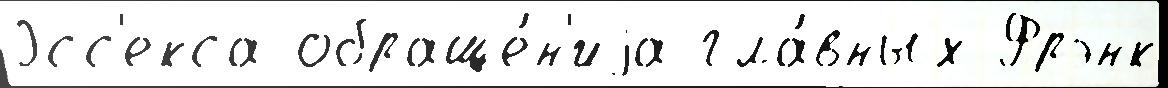
Эсс'екса обраще́н'иjа гла́вных Фрэнк